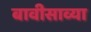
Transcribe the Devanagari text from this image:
बावीसाव्या